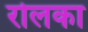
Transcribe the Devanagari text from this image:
रोलका